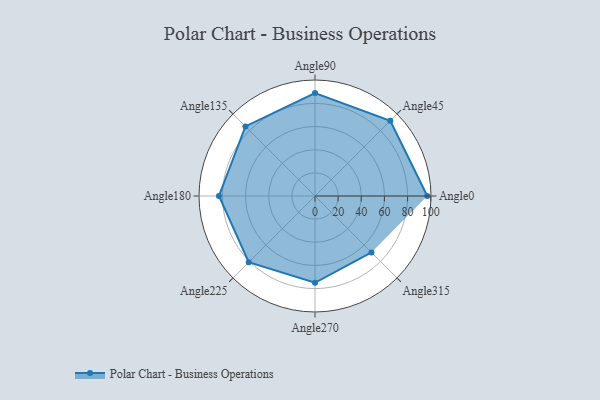
{"axis": {"x": "Angle", "y": "Radius"}, "legend": [""], "data": [{"x": "Angle0", "y": 97.0, "type": ""}, {"x": "Angle45", "y": 92.0, "type": ""}, {"x": "Angle90", "y": 89.0, "type": ""}, {"x": "Angle135", "y": 85.0, "type": ""}, {"x": "Angle180", "y": 83.0, "type": ""}, {"x": "Angle225", "y": 81.0, "type": ""}, {"x": "Angle270", "y": 75.0, "type": ""}, {"x": "Angle315", "y": 69.0, "type": ""}]}